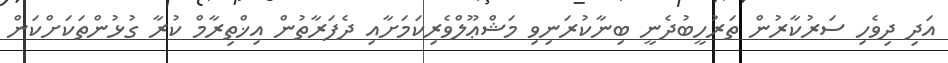
އަދި ދިވެހި ސަރުކާރުން ތަރުހީބުދެނީ ބިނާކުރަނިވި މަޝްޢޫލްވެރިކަމަށާއި ދެފަރާތުން އިޚްތިރާމް ކުރާ ގުޅުންތަކަށްކަން